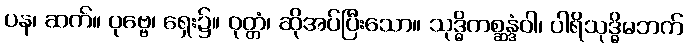
ပန၊ ဆက်။ ပုဗ္ဗေ၊ ရှေး၌။ ဝုတ္တံ၊ ဆိုအပ်ပြီးသော။ သုဒ္ဓိကစ္ဆန္ဒံဝါ၊ ပါရိသုဒ္ဓိမဘက်